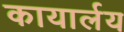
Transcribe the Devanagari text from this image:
कायार्लय